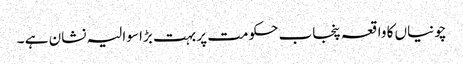
چونیاں کا واقعہ پنجاب حکومت پر بہت بڑا سوالیہ نشان ہے ۔